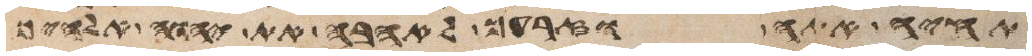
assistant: תחיה אתה וזרעך לאהבה את יהוה אלהיך